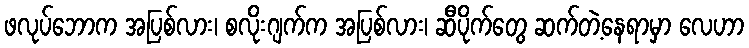
ဖလုပ်ဘောက အပြစ်လား၊ စလိုးဂျက်က အပြစ်လား၊ ဆီပိုက်တွေ ဆက်တဲ့နေရာမှာ လေဟာ